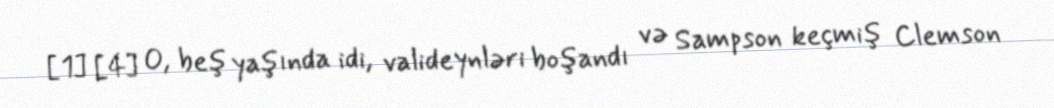
[1] [4] O, beş yaşında idi, valideynləri boşandı və Sampson keçmiş Clemson